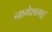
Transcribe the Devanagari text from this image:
नागेशभट्ट